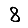
Digit: 8